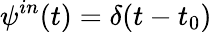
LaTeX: \psi^{in}(\textit{t})=\delta(\textit{t}-\textit{t}_{0})